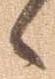
々